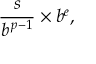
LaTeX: { \frac { s } { b ^ { \, p - 1 } } } \times b ^ { e } ,